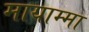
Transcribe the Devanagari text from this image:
मायाम्मा